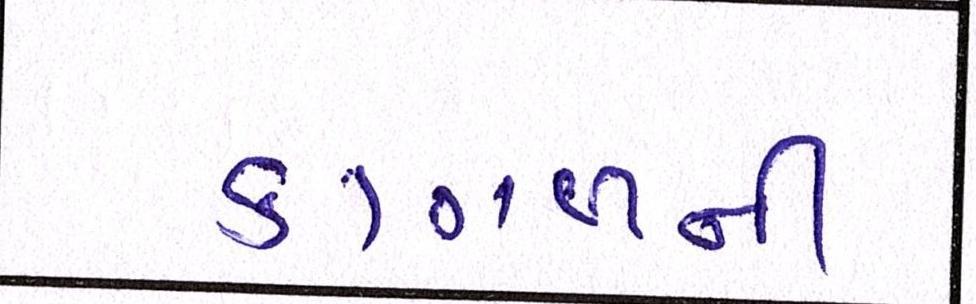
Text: કાગળની